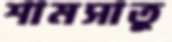
শামসাতু